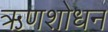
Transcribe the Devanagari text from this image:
ऋणशोधन